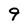
Character: 9